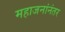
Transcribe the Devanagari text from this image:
महाजनांनंतर